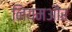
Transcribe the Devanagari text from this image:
नियमऔर